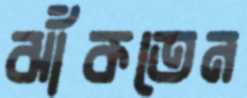
ঝাঁকতেন